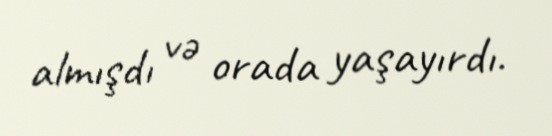
almışdı və orada yaşayırdı.